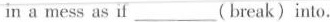
in a mess as if ___(break) into.